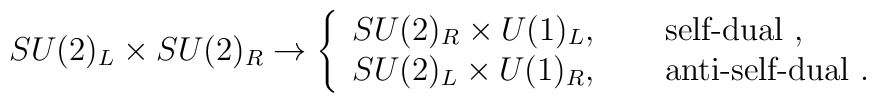
SU(2)_L \times SU(2)_R \rightarrow \left \{ \begin{array}{l} SU(2)_R \times U(1)_L,\qquad \mbox{self-dual $\do$},\\  SU(2)_L \times U(1)_R, \qquad \mbox{anti-self-dual $\do$}.\end{array} \right.